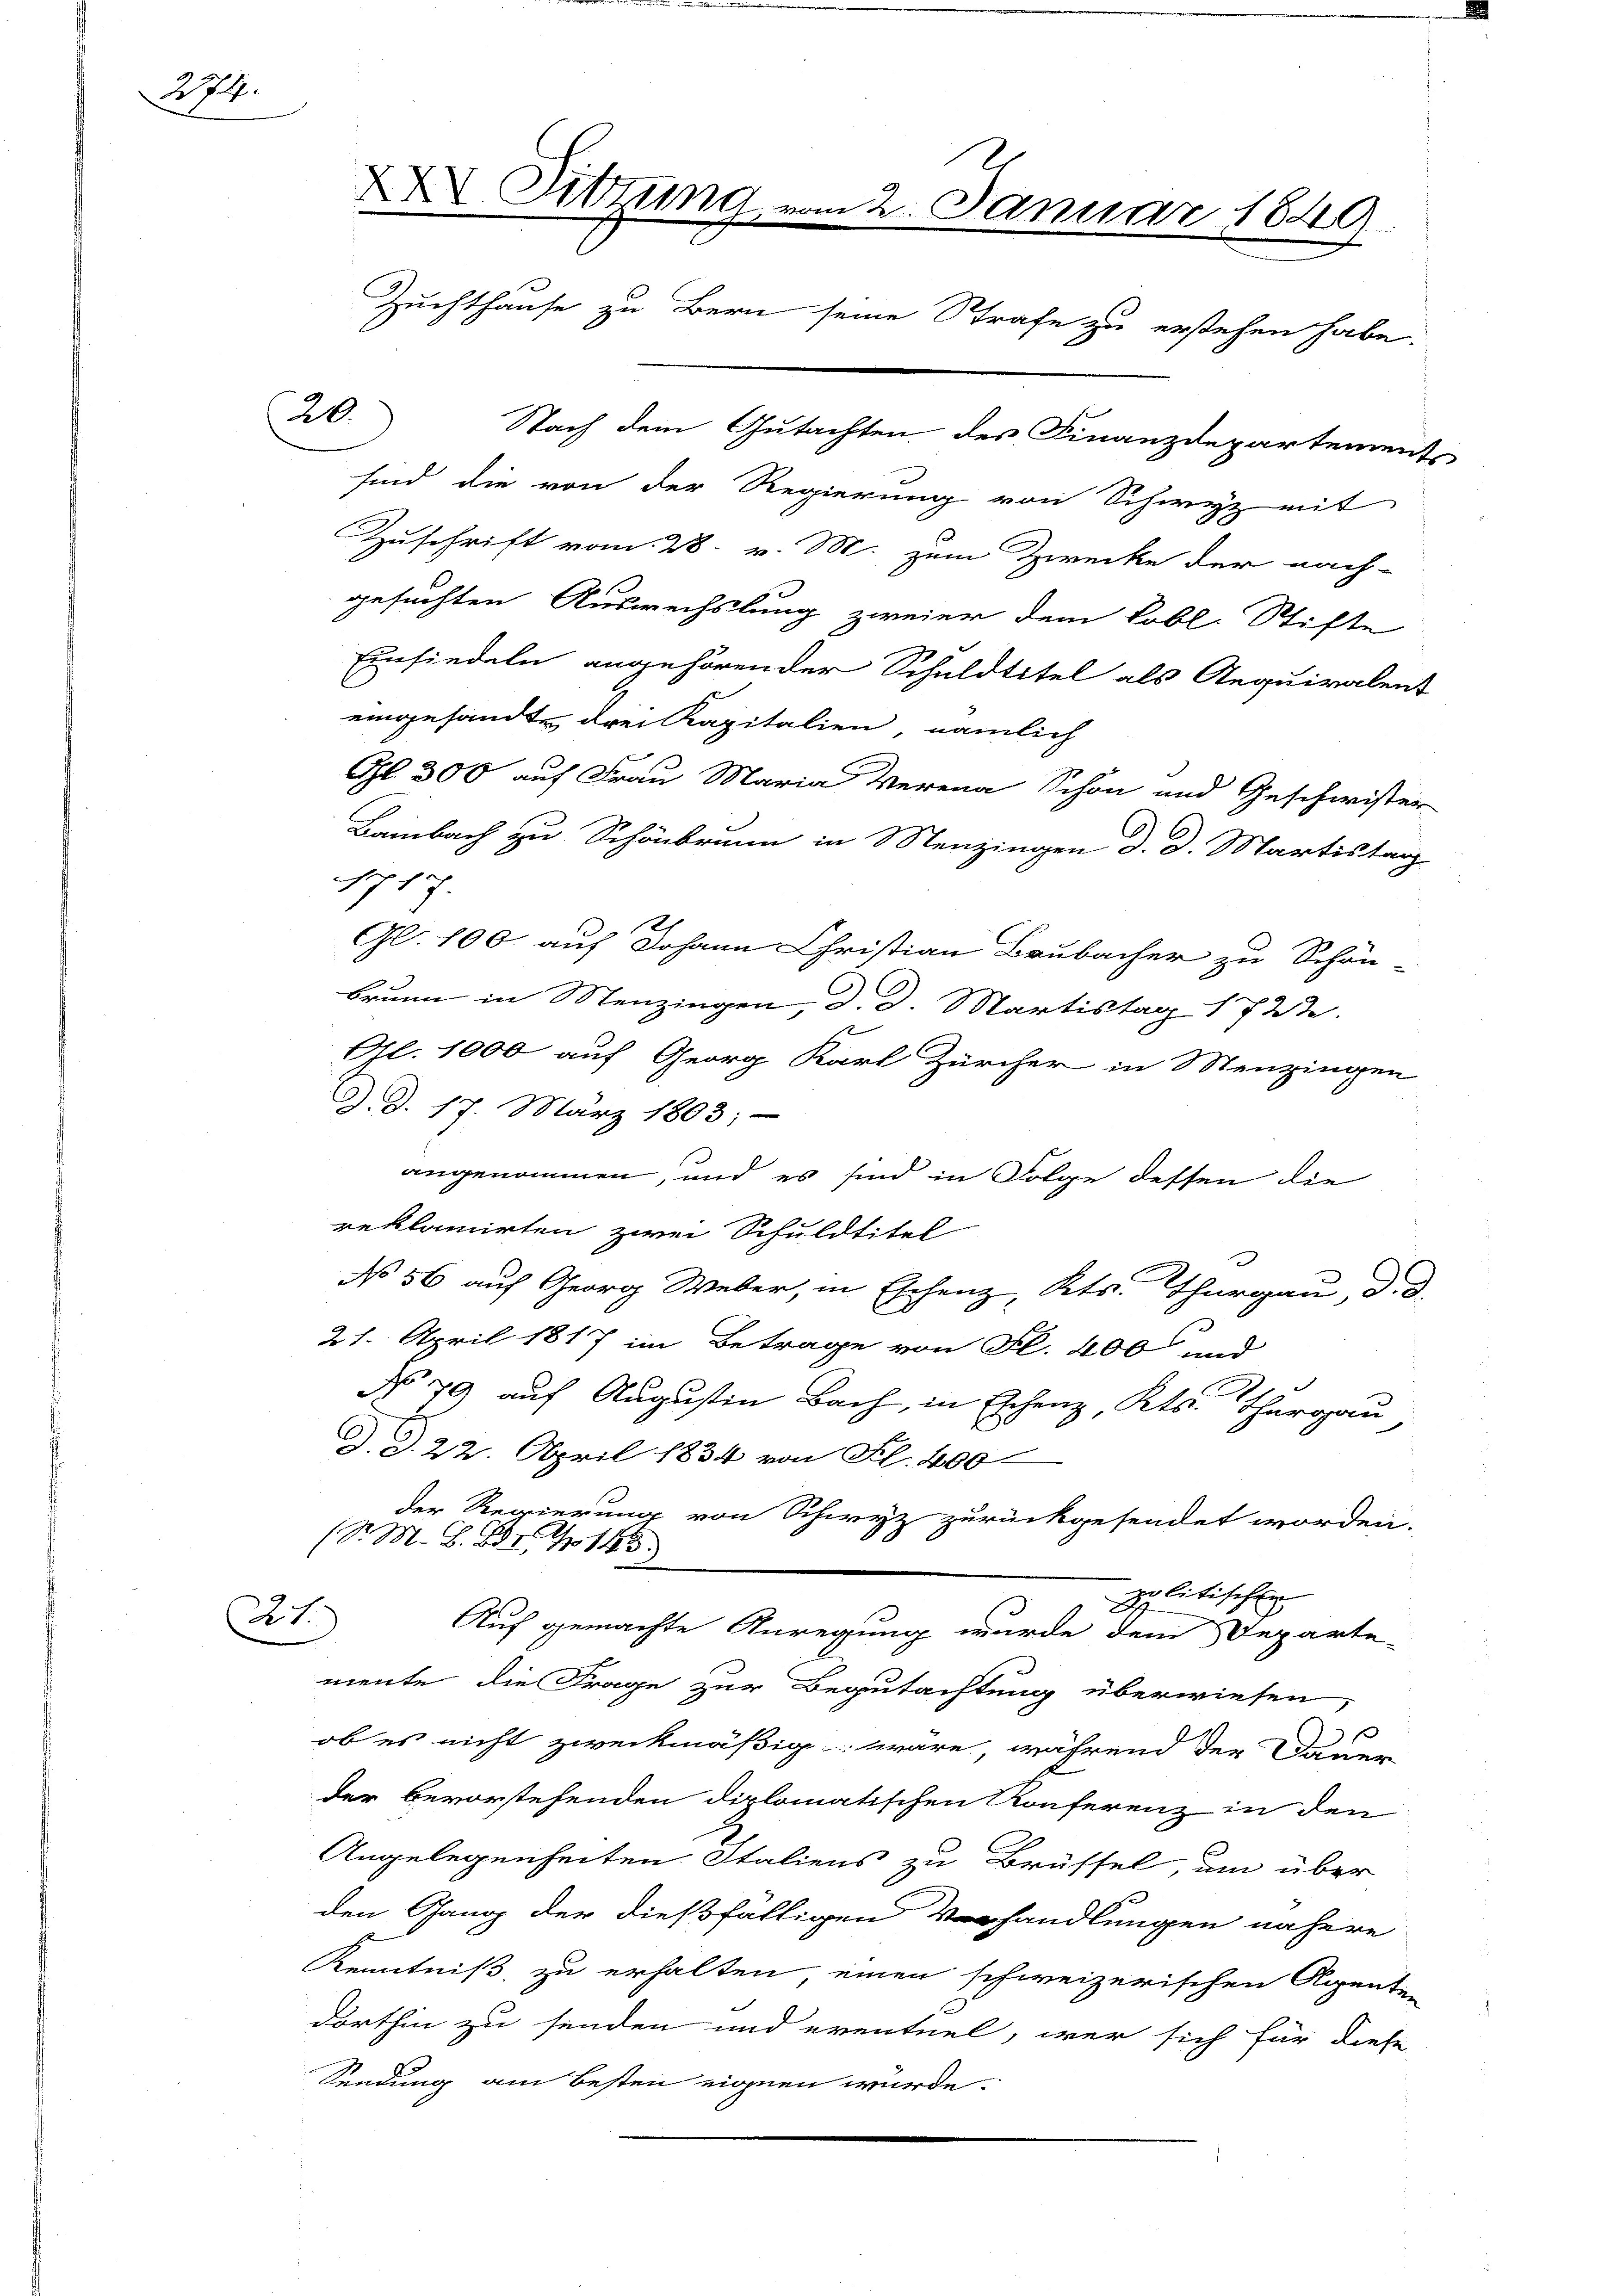
274.

21.

Sitzung vom 2. Januar 1849.
Zuchthause zu Bern seine Strafe zu erstehen habe.
20.
Nach dem Gutachten des Finanzdepartements

sind die von der Regierung von Schwyz mit
Zuschrift vom 28. v. M. zum Zwecke der nach-
gesuchten Auswechslung zweier dem Lobl. Stifte
Einsiedeln angehörender Schuldtitel als Aequiralent
eingesandte drei Kapitalien, nämlich
Gl. 300 auf Frau Maria Weren Schön und Geschwister
Bambach zu Schönbrunn in Menzingen d. d. Martistag
717.
2
Gl. 100 auf Johann Christian Brubacher zu Schön-
brunn in Menzingen, d. d. Martistag 1722.
Gl. 1000 auf Georg Karl Zürcher in Menzingen
d. d. 17. März 1803;
angenommen, und es sind in Folge dessen die
reklamirten zwei Schuldtitel
No 56 auf Georg Weber, in Eschenz, Kts. Thurgau, d. d.
21. April 1817 im Betrage von Fl. 400 und
No 79 auf Augustin Bach, in Eschenz, Kts. Thurgau,
d. d. 22. April 1834 von Fl. 400
der Regierung von Schwyz zurückgesendet worden.
(Sr. M. Z. 21 No 146.
politischen
Auf gemachte Anregung wurde dem Departe-
mente die Frage zur Begutachtung überwiesen,
ob es nicht zweckmäßig wäre, während der Dauer
der bevorstehenden diplomatischen Konferenz in den
Angelegenheiten Italiens zu Brüssel, um über
den Gang der dießfälligen Verhandlungen nähere
Kenntniß zu erhalten einen schweizerischen Renten
dorthin zu senden und eventuel, wer sich für diese
Sendung am besten eignen würde.